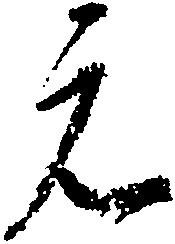
元